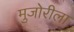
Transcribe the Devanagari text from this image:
मुजोरीला